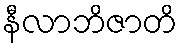
နီလာဘိဇာတိ